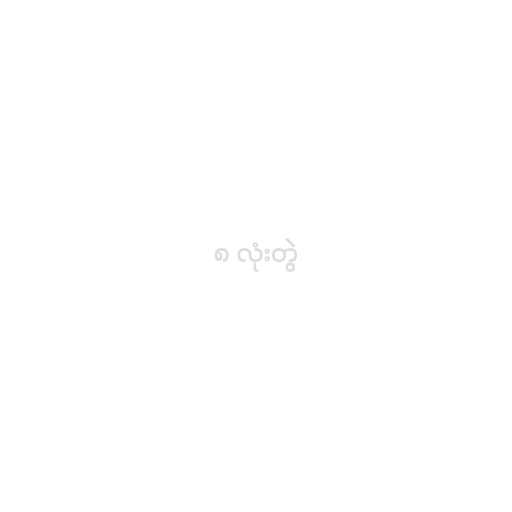
၈ လုံးတွဲ